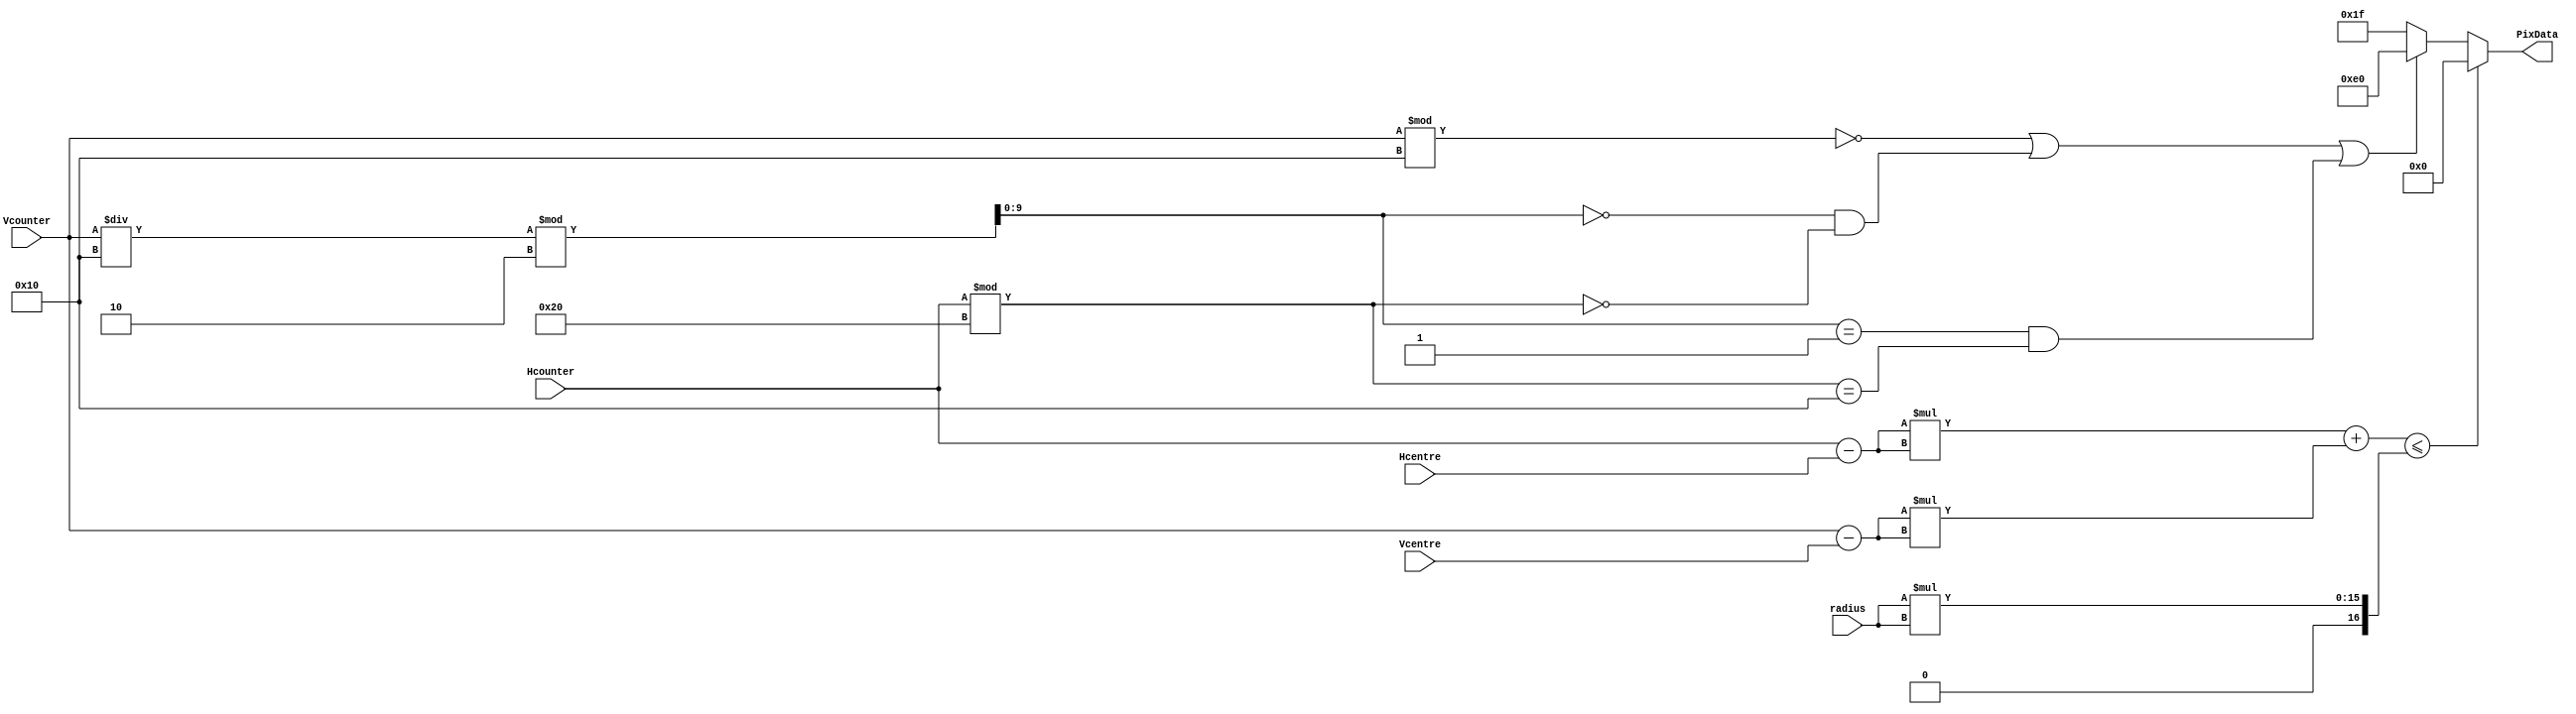
`timescale 1ns / 1ps
//////////////////////////////////////////////////////////////////////////////////
// Company: 
// Engineer: 
// 
// Design Name: 
// Module Name:    circle 
// Project Name: 
// Target Devices: 
// Tool versions: 
// Description: 
//
// Dependencies: 
//
// Revision: 
// Revision 0.01 - File Created
// Additional Comments: 
//
//////////////////////////////////////////////////////////////////////////////////
`define	RED 8'b11100000
`define	GREEN 8'b00011100
`define	BLUE 8'b00000011
`define	CYAN 8'b00011111
`define	PINK 8'b11100011
`define	WHITE 8'b11111111
`define	BLACK 8'b0
`define	YELLOW 8'b11111100
`define Hcen = 320
`define Vcen = 240
`define radius_circle = 300


module circle(
		Hcounter,
		Vcounter,
		PixData,
		Hcentre,
		Vcentre,
		radius
    );
	 
//inputs:
input[9:0] Hcounter,Vcounter,Hcentre,Vcentre;
input[7:0] radius;
//outputs:
output[7:0] PixData;
//wires:
wire signed [9:0] Hdiff,Vdiff;
wire signed [19:0] Hsq,Vsq,Dst,radsq;
//
wire[9:0] width,height;
wire[9:0] Wrem,Hrem,HQ,oddev;
//frame logic
assign width=32;
assign height=16;
assign radsq= radius*radius;
assign Wrem=Hcounter%width;
assign Hrem=Vcounter%height;
assign HQ=Vcounter/height;
assign oddev=HQ%2;
//
assign Hdiff=Hcounter-Hcentre;
assign Vdiff=Vcounter-Vcentre;
assign Hsq=Hdiff*Hdiff;
assign Vsq=Vdiff*Vdiff;
assign Dst=Hsq+Vsq;
assign PixData=(Dst<=radsq)?	`BLACK:(((Hrem==0)||((oddev==0)&&(Wrem==0))||((oddev==1)&&(Wrem==16)))?	`RED:`CYAN);
endmodule